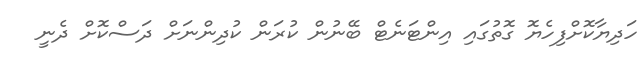
ހަދިޔާކޮށްފިހެޔޮ ގޮތުގައި އިންޓަނެޓް ބޭނުން ކުރަން ކުދިންނަށް ދަސްކޮށް ދެނީ